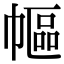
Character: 𢄠